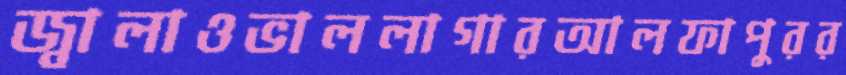
জ্বালাওভাললাগারআলফাপুরর